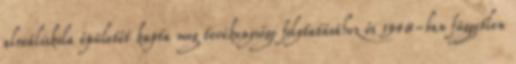
alreáliskola épületét kapta meg tevékenysége folytatásához és 1948-ban független